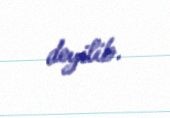
deyilib.